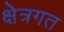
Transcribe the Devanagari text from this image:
क्षेत्रगत